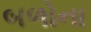
બળોના